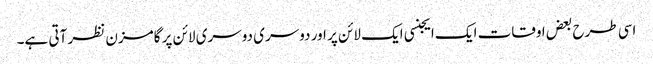
اسی طرح بعض اوقات ایک ایجنسی ایک لائن پر اور دوسری دوسری لائن پر گامزن نظر آتی ہے۔